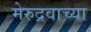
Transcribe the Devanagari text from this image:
मेरुद्रवाच्या